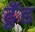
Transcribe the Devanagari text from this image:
ढूँड